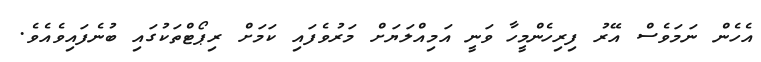
އެހެން ނަމަވެސް އޭރު ފިރިހެންމީހާ ވަނީ އަމިއްލަޔަށް މަރުވެފައި ކަމަށް ރިޕޯޓްތަކުގައި ބުނެފައިވެއެވެ.